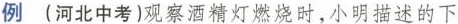
例 (河北中考)观察酒精灯燃烧时，小明描述的下